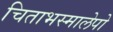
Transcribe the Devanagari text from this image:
चिताभस्मालेपो